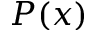
P ( x )